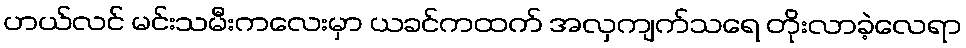
ဟယ်လင် မင်းသမီးကလေးမှာ ယခင်ကထက် အလှကျက်သရေ တိုးလာခဲ့လေရာ